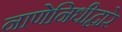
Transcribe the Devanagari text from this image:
नाणेनिधीद्वारे